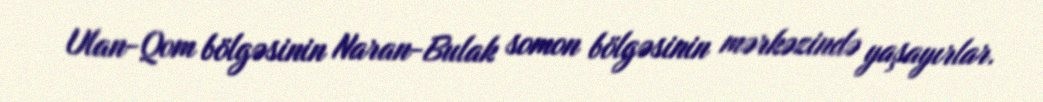
Ulan-Qom bölgəsinin Naran-Bulak somon bölgəsinin mərkəzində yaşayırlar.